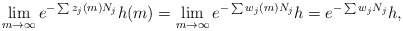
\begin{align*}\lim_{m \to \infty} e^{-\sum z_j(m) N_j} h(m) = \lim_{m \to \infty} e^{-\sum w_j(m) N_j} h = e^{-\sum w_j N_j} h,\end{align*}